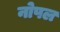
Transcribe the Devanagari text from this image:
नोपल